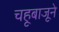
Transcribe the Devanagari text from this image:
चहूबाजूने